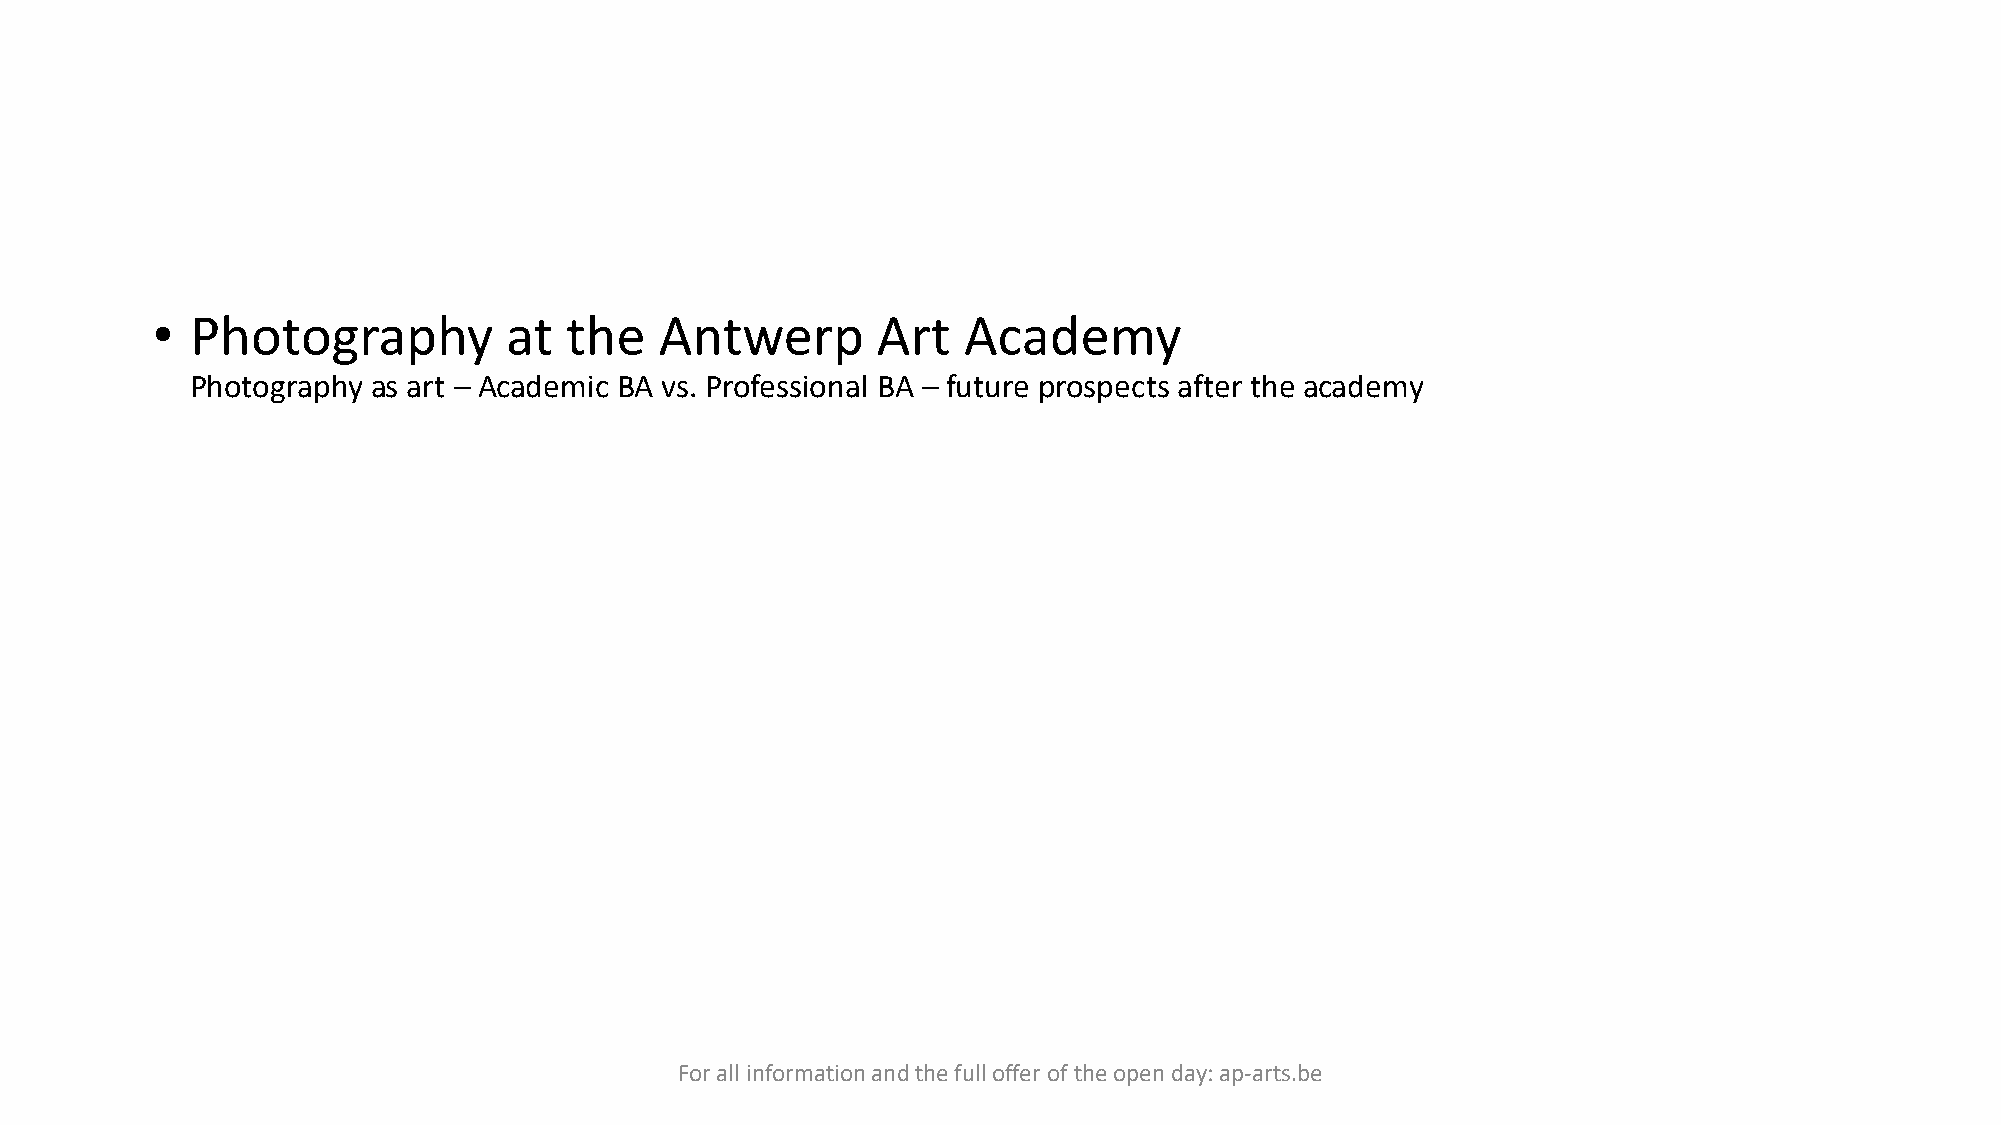
•  Photography         at  the    Antwerp       Art   Academy
 Photography as art – Academic BA vs. Professional BA – future prospects after the academy
 For all information and the full offer of the open day: ap-arts.be